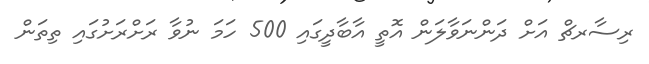
ރިސާރޗް އަށް ދަންނަވާލަން އޮތީ އާބާދީގައި 500 ހަމަ ނުވާ ރަށްރަށުގައި ތިތަން